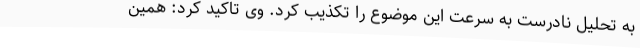
به تحلیل نادرست به سرعت این موضوع را تکذیب کرد. وی تاکید کرد: همین